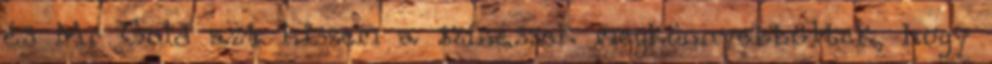
és Mr Gold azt hiszem a színészek megkönnyebbültek, hogy